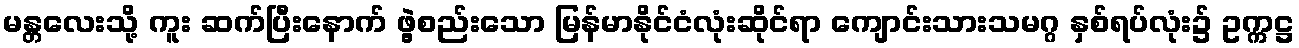
မန္တလေးသို့ ကူး ဆက်ပြီးနောက် ဖွဲ့စည်းသော မြန်မာနိုင်ငံလုံးဆိုင်ရာ ကျောင်းသားသမဂ္ဂ နှစ်ရပ်လုံး၌ ဥက္ကဋ္ဌ